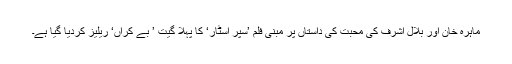
ماہرہ خان اور بلال اشرف کی محبت کی داستاں پر مبنی فلم ’سپر اسٹار‘ کا پہلا گیت ’ بے کراں‘ ریلیز کردیا گیا ہے۔